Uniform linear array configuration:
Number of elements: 48
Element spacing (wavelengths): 1
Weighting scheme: hann
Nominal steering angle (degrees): -15
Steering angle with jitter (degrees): -14.191
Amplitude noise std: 0.05
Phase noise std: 0.05

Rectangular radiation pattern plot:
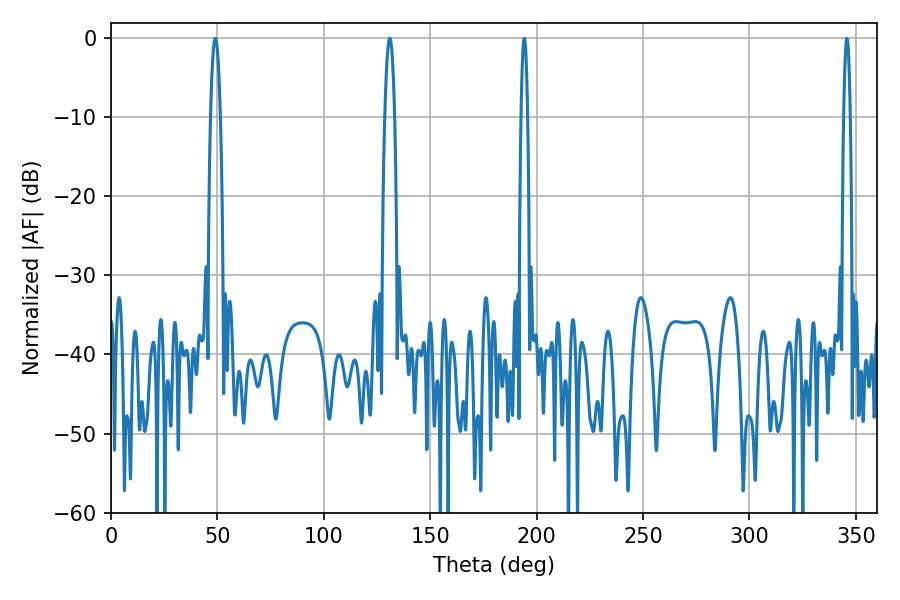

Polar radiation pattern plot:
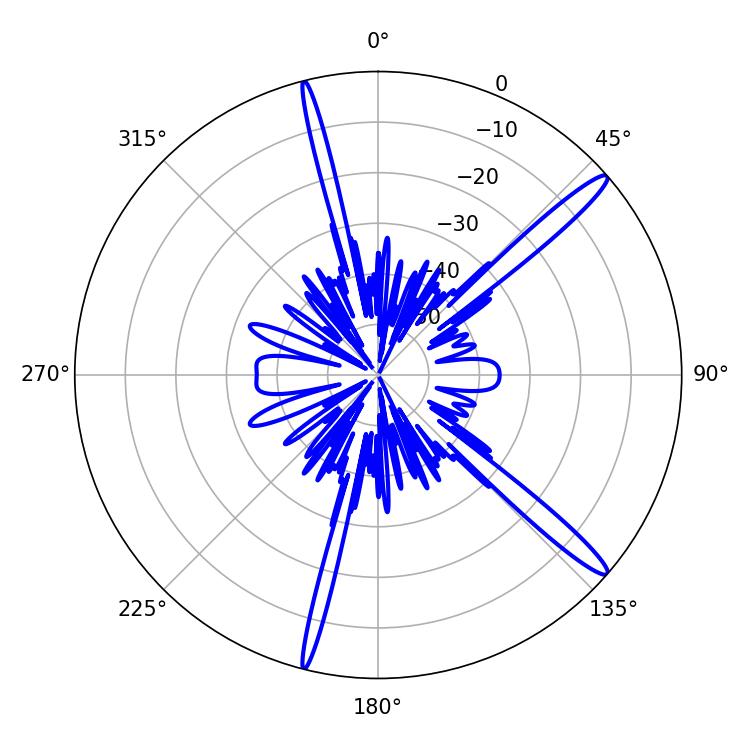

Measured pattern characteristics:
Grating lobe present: TRUE
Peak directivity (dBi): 15.438
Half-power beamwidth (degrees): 1.62
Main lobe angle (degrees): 345.78